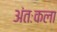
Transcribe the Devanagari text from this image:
अंतःकला